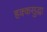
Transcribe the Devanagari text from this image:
हक्कसुद्धा